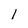
Character: 1